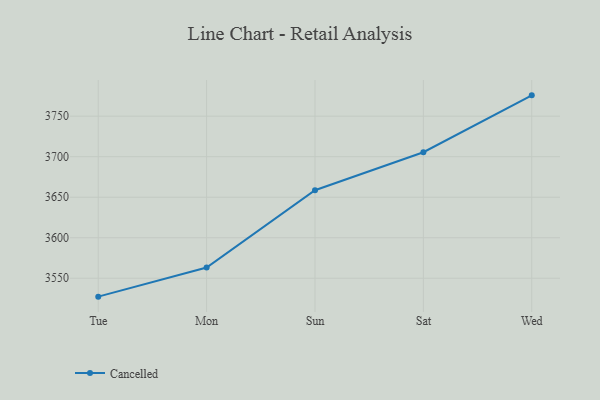
{"axis": {"x": "Day", "y": "Conversion Rate (%)"}, "legend": ["Cancelled"], "data": [{"x": "Tue", "y": 3527.3, "type": "Cancelled"}, {"x": "Mon", "y": 3563.3, "type": "Cancelled"}, {"x": "Sun", "y": 3658.6, "type": "Cancelled"}, {"x": "Sat", "y": 3705.5, "type": "Cancelled"}, {"x": "Wed", "y": 3775.7, "type": "Cancelled"}]}